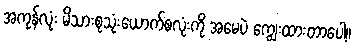
အကုန်လုံး မိသားစုသုံးယောက်စလုံးကို အမေပဲ ကျွေးထားတာပေါ့။